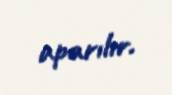
aparılır.